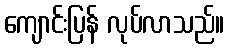
ကျောင်းပြန် လုပ်လာသည်။